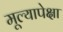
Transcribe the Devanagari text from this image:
मूल्यापेक्षा